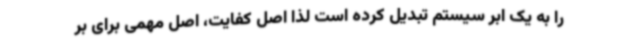
را به یک ابر سیستم تبدیل کرده است لذا اصل کفایت، اصل مهمی برای بر